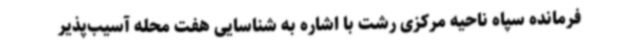
فرمانده سپاه ناحیه مرکزی رشت با اشاره به شناسایی هفت محله آسیب‌پذیر